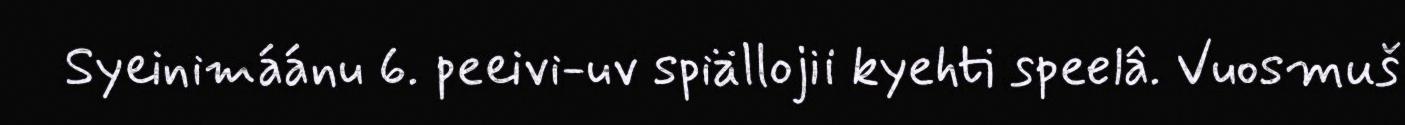
Syeinimáánu 6. peeivi-uv spiällojii kyehti speelâ. Vuosmuš